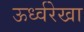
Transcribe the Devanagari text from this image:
ऊर्ध्वरेखा